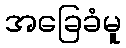
အခြေခံမူ